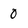
Character: 0